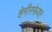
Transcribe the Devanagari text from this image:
हेमीस्फ़ेयर